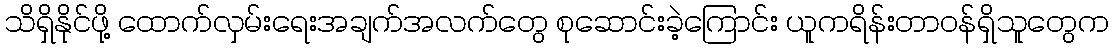
သိရှိနိုင်ဖို့ ထောက်လှမ်းရေးအချက်အလက်တွေ စုဆောင်းခဲ့ကြောင်း ယူကရိန်းတာဝန်ရှိသူတွေက